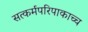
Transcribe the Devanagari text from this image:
सत्कर्मपरिपाकाच्च